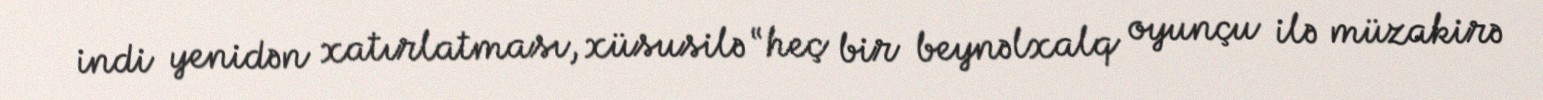
indi yenidən xatırlatması, xüsusilə “heç bir beynəlxalq oyunçu ilə müzakirə